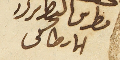
بطرس البطرىرك الانطاكى